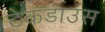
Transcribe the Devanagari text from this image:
टेकडाउंस